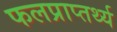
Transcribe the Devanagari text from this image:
फलप्राप्तर्थ्य